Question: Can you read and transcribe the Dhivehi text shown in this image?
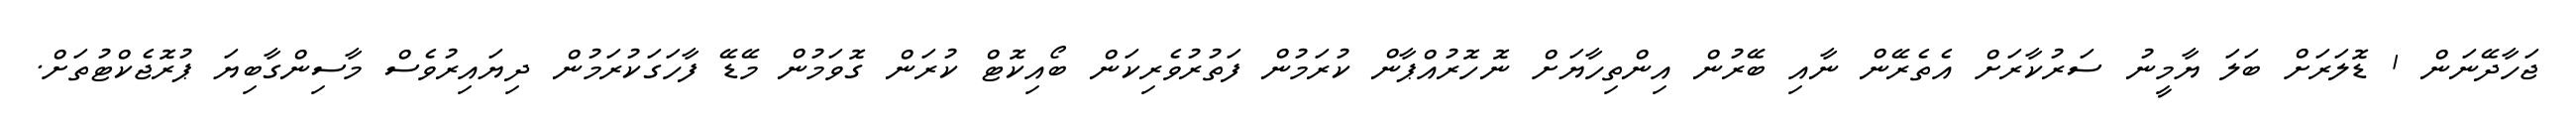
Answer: ޖަހާދޭނަން 1 ޑޮލަރަށް ބަލަ ޔާމީނު ސަރުކާރަށް އެތެރޭން ނާއި ބޭރުން އިންތިހާޔަށް ނޮހޮރުއްޕާން ކުރަމުން ފަތުރުވެރިކަން ބޯއިކޮޓް ކުރަން ގޮވަމުން މޭޑޭ ފާހަގަކުރަމުން ދިޔައިރުވެސް މާސިންގާބިޔަ ޕުރޮޖެކްޓުތަށް.